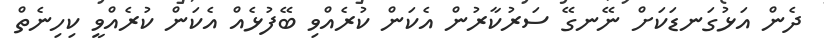
ދެން އަޅުގަނޑަކަށް ނޭނގޭ ސަރުކާރުން އެކަން ކުރެއްވި ބޭފުޅެއް އެކަން ކުރެއްވީ ކިހިނެތް